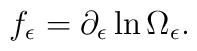
f_{\epsilon}=\partial_{\epsilon} \ln \Omega_\epsilon.